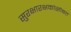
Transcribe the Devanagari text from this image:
सुरक्षारक्षकांसोबत